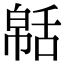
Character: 𦧠